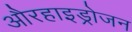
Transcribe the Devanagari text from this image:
औरहाइड्रोजन